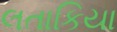
લતાકિયા